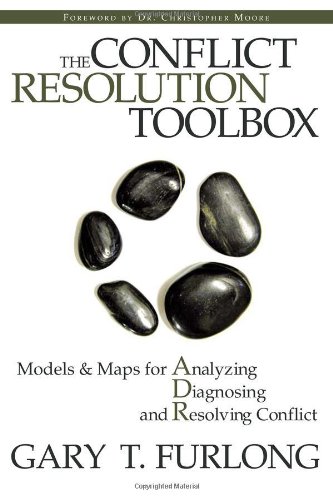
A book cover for The Conflict Resolution Toolbox: Models and Maps for Analyzing, Diagnosing, and Resolving Conflict; Gary T. Furlong; Business & Money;